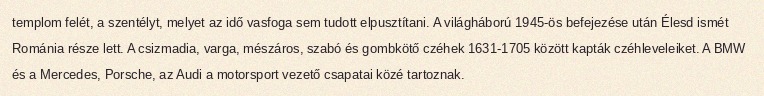
templom felét, a szentélyt, melyet az idő vasfoga sem tudott elpusztítani. A világháború 1945-ös befejezése után Élesd ismét Románia része lett. A csizmadia, varga, mészáros, szabó és gombkötő czéhek 1631-1705 között kapták czéhleveleiket. A BMW és a Mercedes, Porsche, az Audi a motorsport vezető csapatai közé tartoznak.